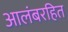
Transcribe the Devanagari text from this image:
आलंबरहित